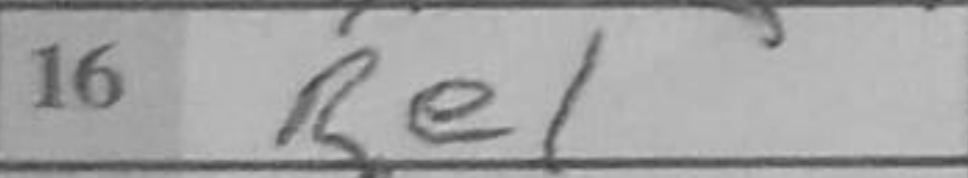
Transcription: Bxe7